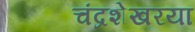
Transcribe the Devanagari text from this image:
चंद्रशेखरया